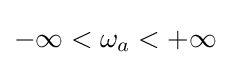
-\infty <\omega _{a}<+\infty